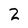
Character: 2